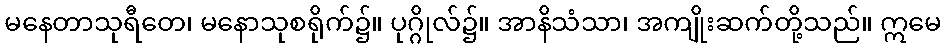
မနေတာသုရီတေ၊ မနောသုစရိုက်၌။ ပုဂ္ဂိုလ်၌။ အာနိသံသာ၊ အကျိုးဆက်တို့သည်။ ဣမေ